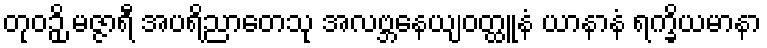
တုဝဉှိ မဇ္ဇာရီ အပရိညာတေသု အလဗ္ဘနေယျဝတ္ထူနံ ယာနာနံ ရက္ခိယမာနာ